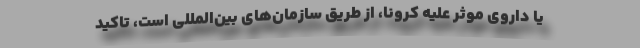
یا داروی موثر علیه کرونا، از طریق سازمان‌های بین‌المللی است، تاکید